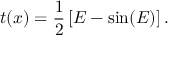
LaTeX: t ( x ) = { \frac { 1 } { 2 } } \left[ E - \sin ( E ) \right] .